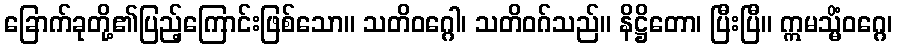
ခြောက်ခုတို့၏ပြည့်ကြောင်းဖြစ်သော။ သတိဝဂ္ဂေါ၊ သတိဝဂ်သည်။ နိဋ္ဌိတော၊ ပြီးပြီ။ ဣမသ္မိံဝဂ္ဂေ၊